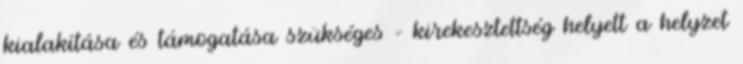
kialakítása és támogatása szükséges – kirekesztettség helyett a helyzet